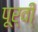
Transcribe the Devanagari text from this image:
पूर्वी्